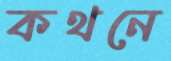
কথনে